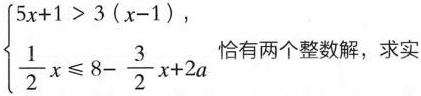
$$\left\{ \begin{matrix} 5x+1>3(x-1), \\ \frac{1}{2}x \leqslant 8- \frac{3}{2}x+2a \end{matrix} \right.$$恰有两个整数解，求实